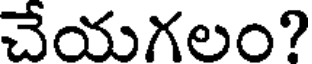
చేయగలం?